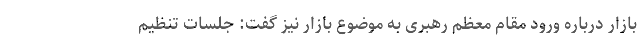
بازار درباره ورود مقام معظم رهبری به موضوع بازار نیز گفت: جلسات تنظیم